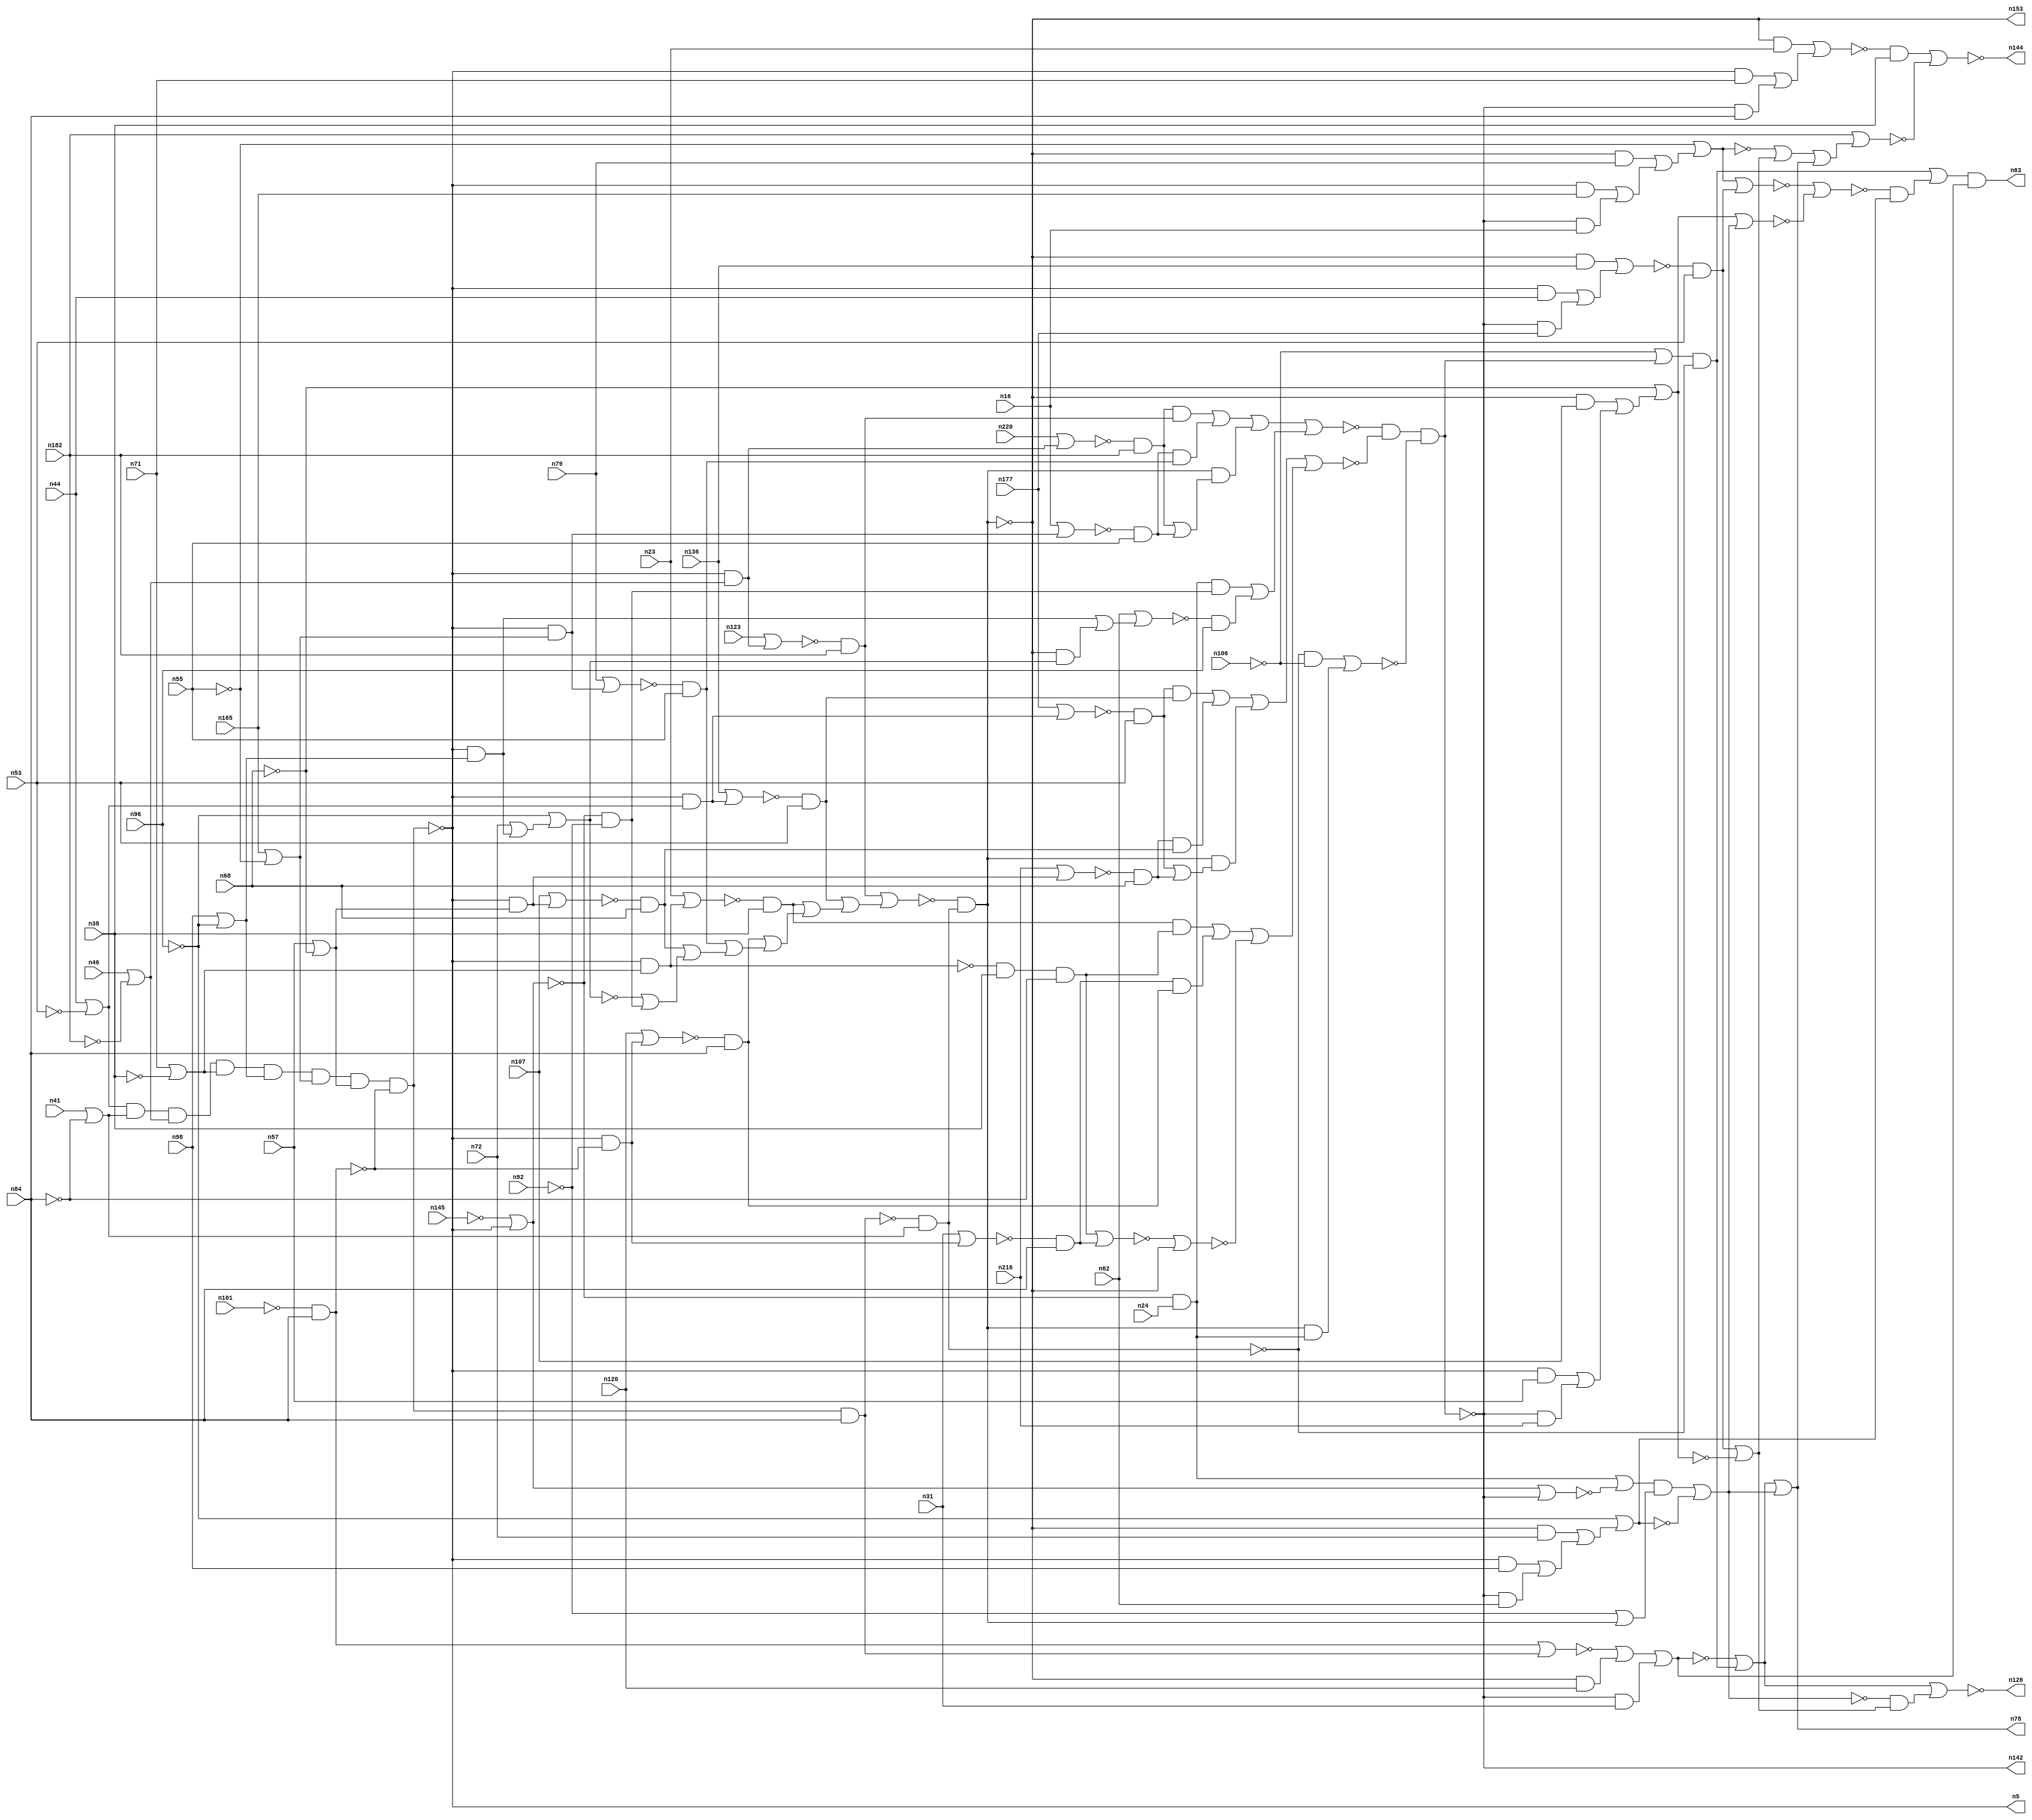
module top( n5 , n16 , n23 , n24 , n31 , n38 , n41 , n44 , n46 , 
n53 , n55 , n57 , n62 , n63 , n68 , n71 , n72 , n78 , n79 , 
n84 , n92 , n96 , n98 , n101 , n106 , n107 , n120 , n123 , n126 , 
n136 , n142 , n144 , n145 , n153 , n165 , n177 , n182 , n216 , n220 );
    input n16 , n23 , n24 , n31 , n38 , n41 , n44 , n46 , n53 , 
n55 , n57 , n62 , n68 , n71 , n72 , n79 , n84 , n92 , n96 , 
n98 , n101 , n106 , n107 , n120 , n123 , n136 , n145 , n165 , n177 , 
n182 , n216 , n220 ;
    output n5 , n63 , n78 , n126 , n142 , n144 , n153 ;
    wire n0 , n1 , n2 , n3 , n4 , n6 , n7 , n8 , n9 , 
n10 , n11 , n12 , n13 , n14 , n15 , n17 , n18 , n19 , n20 , 
n21 , n22 , n25 , n26 , n27 , n28 , n29 , n30 , n32 , n33 , 
n34 , n35 , n36 , n37 , n39 , n40 , n42 , n43 , n45 , n47 , 
n48 , n49 , n50 , n51 , n52 , n54 , n56 , n58 , n59 , n60 , 
n61 , n64 , n65 , n66 , n67 , n69 , n70 , n73 , n74 , n75 , 
n76 , n77 , n80 , n81 , n82 , n83 , n85 , n86 , n87 , n88 , 
n89 , n90 , n91 , n93 , n94 , n95 , n97 , n99 , n100 , n102 , 
n103 , n104 , n105 , n108 , n109 , n110 , n111 , n112 , n113 , n114 , 
n115 , n116 , n117 , n118 , n119 , n121 , n122 , n124 , n125 , n127 , 
n128 , n129 , n130 , n131 , n132 , n133 , n134 , n135 , n137 , n138 , 
n139 , n140 , n141 , n143 , n146 , n147 , n148 , n149 , n150 , n151 , 
n152 , n154 , n155 , n156 , n157 , n158 , n159 , n160 , n161 , n162 , 
n163 , n164 , n166 , n167 , n168 , n169 , n170 , n171 , n172 , n173 , 
n174 , n175 , n176 , n178 , n179 , n180 , n181 , n183 , n184 , n185 , 
n186 , n187 , n188 , n189 , n190 , n191 , n192 , n193 , n194 , n195 , 
n196 , n197 , n198 , n199 , n200 , n201 , n202 , n203 , n204 , n205 , 
n206 , n207 , n208 , n209 , n210 , n211 , n212 , n213 , n214 , n215 , 
n217 , n218 , n219 , n221 , n222 , n223 , n224 , n225 , n226 , n227 , 
n228 , n229 , n230 ;
    not g0 ( n17 , n38 );
    and g1 ( n211 , n18 , n116 );
    not g2 ( n193 , n195 );
    and g3 ( n81 , n118 , n84 );
    or g4 ( n75 , n173 , n113 );
    and g5 ( n180 , n132 , n55 );
    and g6 ( n89 , n125 , n136 );
    or g7 ( n103 , n164 , n131 );
    and g8 ( n127 , n226 , n176 );
    nor g9 ( n155 , n198 , n179 );
    not g10 ( n18 , n195 );
    and g11 ( n21 , n180 , n59 );
    and g12 ( n42 , n121 , n170 );
    and g13 ( n209 , n159 , n98 );
    nor g14 ( n28 , n107 , n70 );
    and g15 ( n135 , n139 , n96 );
    or g16 ( n100 , n209 , n1 );
    or g17 ( n172 , n8 , n230 );
    or g18 ( n78 , n97 , n115 );
    or g19 ( n186 , n229 , n86 );
    and g20 ( n111 , n28 , n68 );
    not g21 ( n88 , n37 );
    not g22 ( n95 , n129 );
    and g23 ( n199 , n193 , n71 );
    nor g24 ( n2 , n190 , n118 );
    not g25 ( n47 , n61 );
    or g26 ( n179 , n199 , n81 );
    nor g27 ( n200 , n58 , n194 );
    and g28 ( n205 , n155 , n38 );
    nor g29 ( n26 , n75 , n115 );
    not g30 ( n105 , n170 );
    and g31 ( n152 , n153 , n120 );
    and g32 ( n131 , n88 , n31 );
    not g33 ( n201 , n212 );
    and g34 ( n80 , n227 , n53 );
    not g35 ( n217 , n67 );
    or g36 ( n51 , n41 , n7 );
    and g37 ( n109 , n218 , n10 );
    nor g38 ( n11 , n33 , n64 );
    and g39 ( n215 , n80 , n50 );
    not g40 ( n52 , n106 );
    not g41 ( n159 , n47 );
    nor g42 ( n114 , n157 , n125 );
    nor g43 ( n110 , n79 , n82 );
    and g44 ( n83 , n95 , n79 );
    or g45 ( n133 , n171 , n2 );
    and g46 ( n162 , n66 , n9 );
    not g47 ( n112 , n182 );
    nor g48 ( n138 , n89 , n102 );
    not g49 ( n174 , n217 );
    or g50 ( n39 , n50 , n204 );
    and g51 ( n99 , n0 , n35 );
    or g52 ( n116 , n71 , n17 );
    and g53 ( n50 , n25 , n53 );
    and g54 ( n70 , n5 , n206 );
    and g55 ( n194 , n138 , n53 );
    and g56 ( n160 , n6 , n11 );
    and g57 ( n82 , n159 , n163 );
    and g58 ( n212 , n223 , n51 );
    and g59 ( n161 , n193 , n165 );
    and g60 ( n183 , n171 , n162 );
    nor g61 ( n6 , n181 , n196 );
    or g62 ( n158 , n80 , n137 );
    and g63 ( n91 , n29 , n48 );
    and g64 ( n29 , n210 , n38 );
    or g65 ( n204 , n29 , n221 );
    or g66 ( n102 , n166 , n60 );
    or g67 ( n35 , n169 , n180 );
    and g68 ( n169 , n168 , n182 );
    or g69 ( n32 , n147 , n191 );
    nor g70 ( n25 , n136 , n54 );
    or g71 ( n33 , n119 , n85 );
    and g72 ( n154 , n141 , n51 );
    or g73 ( n73 , n46 , n112 );
    nor g74 ( n139 , n62 , n186 );
    nor g75 ( n227 , n177 , n54 );
    or g76 ( n143 , n172 , n78 );
    nor g77 ( n184 , n31 , n128 );
    or g78 ( n141 , n44 , n77 );
    and g79 ( n59 , n110 , n55 );
    and g80 ( n27 , n213 , n230 );
    and g81 ( n178 , n137 , n111 );
    not g82 ( n124 , n145 );
    or g83 ( n22 , n111 , n108 );
    or g84 ( n148 , n52 , n76 );
    and g85 ( n86 , n153 , n32 );
    not g86 ( n45 , n195 );
    not g87 ( n153 , n49 );
    not g88 ( n214 , n75 );
    not g89 ( n173 , n68 );
    not g90 ( n66 , n190 );
    and g91 ( n74 , n169 , n189 );
    not g92 ( n9 , n92 );
    or g93 ( n134 , n83 , n222 );
    and g94 ( n208 , n34 , n36 );
    not g95 ( n7 , n84 );
    or g96 ( n163 , n165 , n56 );
    or g97 ( n170 , n147 , n104 );
    nor g98 ( n30 , n182 , n143 );
    and g99 ( n54 , n45 , n141 );
    and g100 ( n128 , n90 , n10 );
    not g101 ( n130 , n103 );
    nor g102 ( n157 , n48 , n34 );
    not g103 ( n225 , n13 );
    not g104 ( n5 , n192 );
    nor g105 ( n15 , n185 , n140 );
    and g106 ( n34 , n184 , n84 );
    not g107 ( n12 , n101 );
    and g108 ( n48 , n228 , n7 );
    not g109 ( n10 , n185 );
    and g110 ( n140 , n195 , n84 );
    and g111 ( n171 , n66 , n24 );
    or g112 ( n206 , n57 , n173 );
    and g113 ( n226 , n20 , n116 );
    and g114 ( n4 , n87 , n73 );
    not g115 ( n122 , n211 );
    and g116 ( n63 , n149 , n103 );
    not g117 ( n13 , n40 );
    and g118 ( n20 , n154 , n73 );
    or g119 ( n207 , n91 , n208 );
    or g120 ( n164 , n15 , n152 );
    and g121 ( n166 , n45 , n44 );
    and g122 ( n228 , n122 , n38 );
    not g123 ( n67 , n203 );
    nor g124 ( n121 , n200 , n26 );
    buf g125 ( n0 , n203 );
    nor g126 ( n65 , n189 , n39 );
    not g127 ( n40 , n76 );
    and g128 ( n189 , n175 , n182 );
    nor g129 ( n132 , n16 , n82 );
    nor g130 ( n168 , n220 , n4 );
    nor g131 ( n175 , n123 , n4 );
    nor g132 ( n156 , n216 , n70 );
    or g133 ( n119 , n215 , n178 );
    and g134 ( n94 , n127 , n163 );
    not g135 ( n56 , n55 );
    and g136 ( n60 , n225 , n177 );
    and g137 ( n187 , n201 , n52 );
    or g138 ( n149 , n3 , n42 );
    and g139 ( n76 , n160 , n219 );
    not g140 ( n142 , n13 );
    and g141 ( n198 , n146 , n23 );
    and g142 ( n19 , n146 , n72 );
    and g143 ( n3 , n148 , n201 );
    and g144 ( n185 , n12 , n84 );
    nor g145 ( n144 , n205 , n30 );
    or g146 ( n167 , n74 , n21 );
    and g147 ( n117 , n18 , n57 );
    or g148 ( n181 , n167 , n99 );
    or g149 ( n190 , n124 , n87 );
    or g150 ( n230 , n194 , n214 );
    nor g151 ( n210 , n23 , n211 );
    or g152 ( n191 , n72 , n229 );
    and g153 ( n150 , n88 , n216 );
    not g154 ( n8 , n58 );
    or g155 ( n113 , n224 , n93 );
    nor g156 ( n126 , n97 , n27 );
    and g157 ( n36 , n43 , n84 );
    or g158 ( n64 , n207 , n114 );
    or g159 ( n176 , n98 , n147 );
    or g160 ( n196 , n183 , n135 );
    not g161 ( n129 , n67 );
    nor g162 ( n43 , n120 , n128 );
    and g163 ( n218 , n94 , n206 );
    not g164 ( n213 , n115 );
    and g165 ( n137 , n156 , n68 );
    or g166 ( n104 , n19 , n100 );
    not g167 ( n146 , n129 );
    not g168 ( n61 , n109 );
    not g169 ( n49 , n174 );
    or g170 ( n97 , n130 , n3 );
    not g171 ( n188 , n32 );
    and g172 ( n203 , n65 , n212 );
    or g173 ( n197 , n59 , n22 );
    not g174 ( n223 , n140 );
    and g175 ( n202 , n133 , n151 );
    or g176 ( n221 , n36 , n197 );
    not g177 ( n90 , n47 );
    buf g178 ( n195 , n109 );
    and g179 ( n229 , n90 , n176 );
    and g180 ( n85 , n0 , n158 );
    not g181 ( n147 , n96 );
    and g182 ( n69 , n225 , n16 );
    not g183 ( n87 , n192 );
    and g184 ( n224 , n95 , n107 );
    or g185 ( n151 , n9 , n0 );
    not g186 ( n125 , n217 );
    or g187 ( n108 , n188 , n162 );
    or g188 ( n93 , n117 , n150 );
    or g189 ( n115 , n202 , n105 );
    not g190 ( n77 , n53 );
    and g191 ( n1 , n142 , n62 );
    or g192 ( n58 , n56 , n134 );
    not g193 ( n192 , n61 );
    not g194 ( n37 , n40 );
    or g195 ( n222 , n161 , n69 );
    nor g196 ( n219 , n187 , n14 );
    not g197 ( n118 , n37 );
    and g198 ( n14 , n0 , n171 );
endmodule